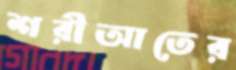
শরীআতের